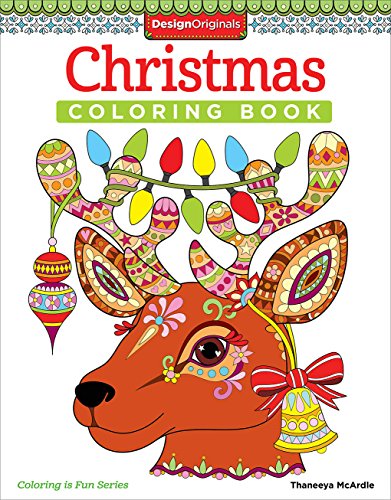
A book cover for Christmas Coloring Book (Coloring Is Fun); Thaneeya McArdle; Humor & Entertainment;